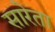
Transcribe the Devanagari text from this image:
सारेता